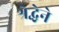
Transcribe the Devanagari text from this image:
श्रेद्धेने